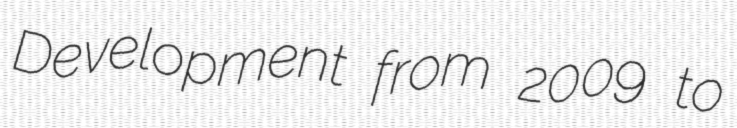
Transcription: Development from 2009 to